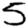
Digit: 5